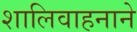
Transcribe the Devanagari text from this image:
शालिवाहनाने